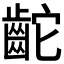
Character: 𪗩